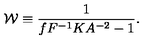
{ \cal W } \equiv { \frac { 1 } { f F ^ { - 1 } K A ^ { - 2 } - 1 } } .